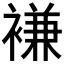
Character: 𮖨